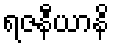
ရဇနီယာနိ